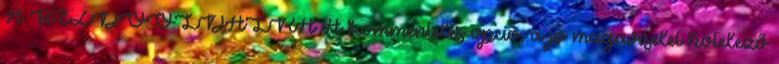
A KEZDŐOLDALRA A kommentelés opció, a jó magaviselet kötelező